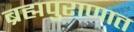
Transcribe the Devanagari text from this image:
ब्रह्मपुराणात